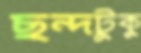
ছন্দটুকু